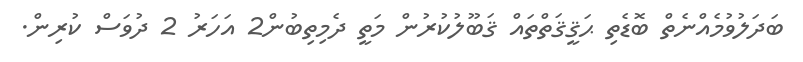
ބަދަލުވުމެއްނެތް ބޮޑެތި ޙަޤީޤަތްތައް ޤަބޫލުކުރުން މަތީ ދެމިތިބުން2 އަހަރު 2 ދުވަސް ކުރިން.